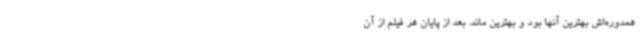
همدوره‌اش بهترین آنها بود و بهترین ماند. بعد از پایان هر فیلم از آن